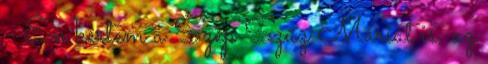
- Én kértem a Szép Szűz Máriát is, az